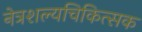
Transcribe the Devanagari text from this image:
नेत्रशल्यचिकित्सक